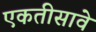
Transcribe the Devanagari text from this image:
एकतीसावे